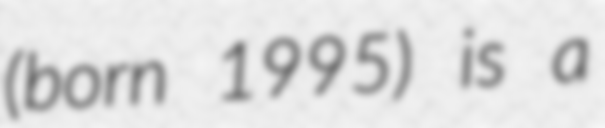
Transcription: (born 1995) is a